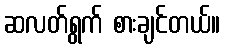
ဆလတ်ရွက် စားချင်တယ်။